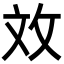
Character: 𫾨